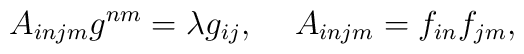
A_{injm} g^{nm} = \lambda g_{ij}, \hspace{5mm} A_{injm} = f_{in}f_{jm},